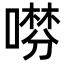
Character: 𠾞